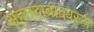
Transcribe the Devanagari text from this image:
अहमदाबादवरून